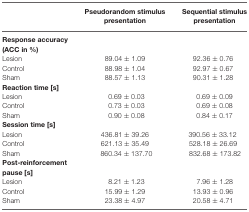
|  | Pseudorandom stimulus presentation | Sequential stimulus presentation |
 | --- | --- | --- |
 | Response accuracy |
 | (ACC in %) |
 | Lesion | 89.04 ± 1.09 | 92.36 ± 0.76 |
 | Control | 88.98 ± 1.04 | 92.97 ± 0.67 |
 | Sham | 88.57 ± 1.13 | 90.31 ± 1.28 |
 | Reaction time [s] |
 | Lesion | 0.69 ± 0.03 | 0.69 ± 0.09 |
 | Control | 0.73 ± 0.03 | 0.69 ± 0.08 |
 | Sham | 0.90 ± 0.08 | 0.84 ± 0.17 |
 | Session time [s] |
 | Lesion | 436.81 ± 39.26 | 390.56 ± 33.12 |
 | Control | 621.13 ± 35.49 | 528.18 ± 26.69 |
 | Sham | 860.34 ± 137.70 | 832.68 ± 173.82 |
 | Post-reinforcement pause [s] |
 | Lesion | 8.21 ± 1.23 | 7.96 ± 1.28 |
 | Control | 15.99 ± 1.29 | 13.93 ± 0.96 |
 | Sham | 23.38 ± 4.97 | 20.58 ± 4.71 |